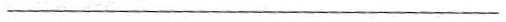
___